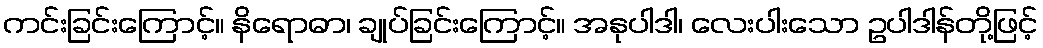
ကင်းခြင်းကြောင့်။ နိရောဓာ၊ ချုပ်ခြင်းကြောင့်။ အနုပါဒါ၊ လေးပါးသော ဥပါဒါန်တို့ဖြင့်